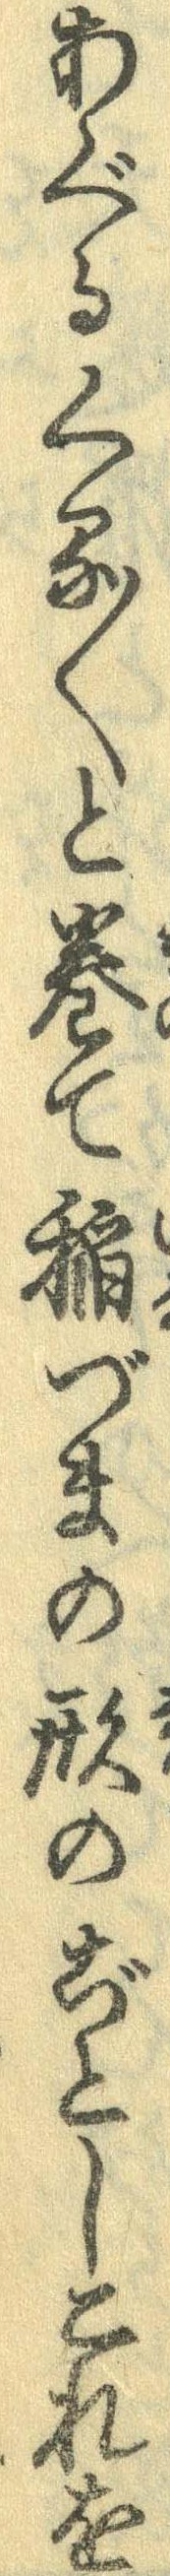
あぐるくる〱と巻て稲づまの形のごとしこれを